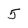
Character: 5